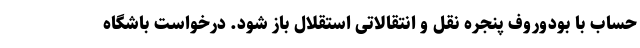
حساب با بودوروف پنجره نقل و انتقالاتی استقلال باز شود. درخواست باشگاه